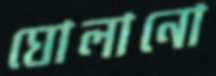
ঘোলানো